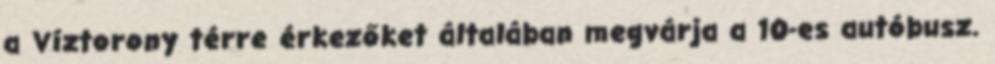
a Víztorony térre érkezőket általában megvárja a 10-es autóbusz.